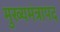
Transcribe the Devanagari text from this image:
मुख्यमंत्रापद